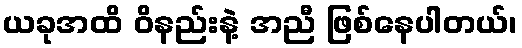
ယခုအထိ ဝိနည်းနဲ့ အညီ ဖြစ်နေပါတယ်၊